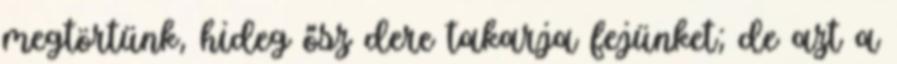
megtörtünk, hideg ősz dere takarja fejünket; de azt a